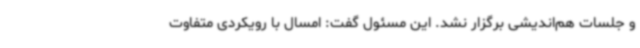
و جلسات هم‌اندیشی برگزار نشد. این مسئول گفت: امسال با رویکردی متفاوت